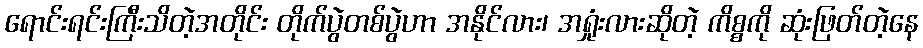
ရောင်းရင်းကြီးသိတဲ့အတိုင်း တိုက်ပွဲတစ်ပွဲဟာ အနိုင်လား၊ အရှုံးလားဆိုတဲ့ ကိစ္စကို ဆုံးဖြတ်တဲ့နေ